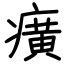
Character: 癀